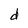
Character: d